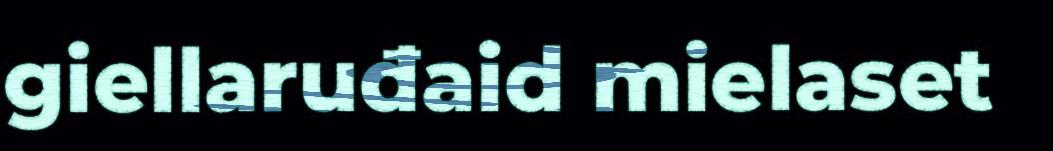
giellaruđaid mielaset